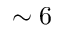
\sim 6